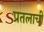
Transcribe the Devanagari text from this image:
प्रतलाची